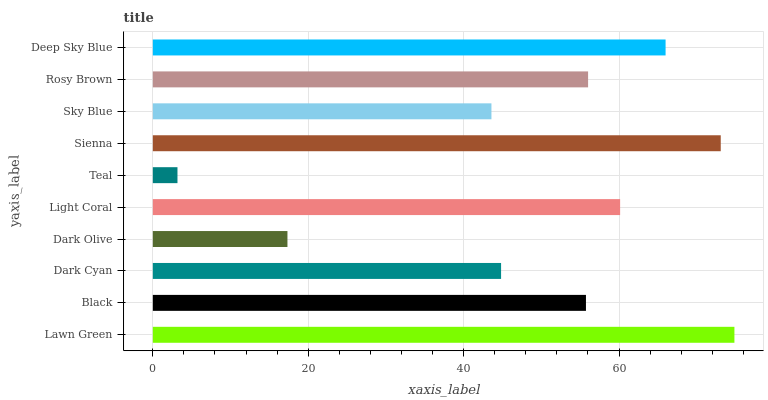
| yaxis_label | bars |
 | --- | --- |
 | Lawn Green | 74.8 |
 | Black | 55.7 |
 | Dark Cyan | 44.8 |
 | Dark Olive | 17.3 |
 | Light Coral | 60.1 |
 | Teal | 3.17 |
 | Sienna | 73.1 |
 | Sky Blue | 43.6 |
 | Rosy Brown | 56 |
 | Deep Sky Blue | 66 |